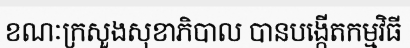
ខណៈក្រសួងសុខាភិបាល បានបង្កើតកម្មវិធី